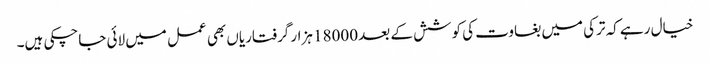
خیال رہے کہ ترکی میں بغاوت کی کوشش کے بعد 18000 ہزار گرفتاریاں بھی عمل میں لائی جاچکی ہیں۔